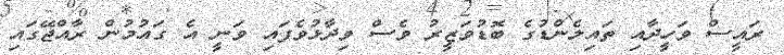
ރައީސް ވަހީދާއި ތައިލެންޑުގެ ބޮޑުވަޒީރު ވެސް ވިދާޅުވެފައި ވަނީ އެ ގައުމުން ރާއްޖޭގައި